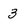
Character: 3